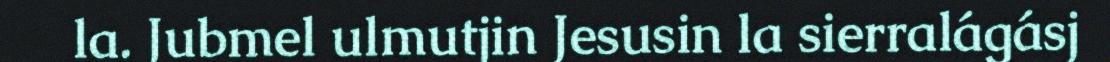
la. Jubmel ulmutjin Jesusin la sierralágásj